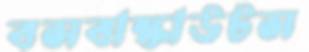
বসবাস্কাউটস